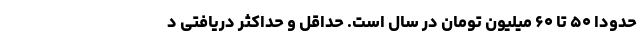
حدوداً ۵۰ تا ۶۰ میلیون تومان در سال است. حداقل و حداکثر دریافتی د